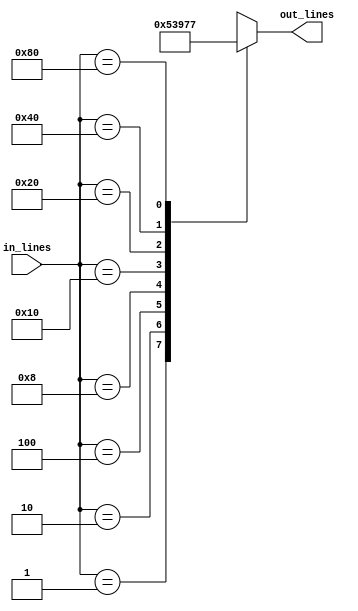
module encoder_8_to_3_behavioral(in_lines, out_lines);
    input[7:0] in_lines; // 8-bit vector for input lines
    output[2:0] out_lines; // 3-bit vector for output lines
    
    // It is important to declare reg of the same size as the output vector.
    reg[2:0] out_lines;
    
    //* Behavioral Modelling
    always @(in_lines) begin

      //? Using case statement
      case (in_lines) 
        8'b00000001 : out_lines = 3'b000;
        8'b00000010 : out_lines = 3'b001;
        8'b00000100 : out_lines = 3'b010;
        8'b00001000 : out_lines = 3'b011;
        8'b00010000 : out_lines = 3'b100;
        8'b00100000 : out_lines = 3'b101;
        8'b01000000 : out_lines = 3'b110;
        8'b10000000 : out_lines = 3'b111;
        default : out_lines = 3'bxxx; // Since behavior for cases other than the ones mentioned above is NOT defined in encoder.
      endcase

      //? Using if-else
      // if(in_lines == 8'b00000001) 
      //   out_lines = 3'b000;
      // else if(in_lines == 8'b00000010) 
      //   out_lines = 3'b001;
      // else if(in_lines == 8'b00000100) 
      //   out_lines = 3'b010;
      // else if(in_lines == 8'b00001000) 
      //   out_lines = 3'b011;
      // else if(in_lines == 8'b00010000) 
      //   out_lines = 3'b100;
      // else if(in_lines == 8'b00100000) 
      //   out_lines = 3'b101;
      // else if(in_lines == 8'b01000000) 
      //   out_lines = 3'b110;
      // else if(in_lines == 8'b10000000) 
      //   out_lines = 3'b111;
      // else 
      //   out_lines = 3'bxxx;
      
      $display("%b: %b", in_lines, out_lines);  
    end
endmodule



module encoder_8_to_3_behavioral_test;
    reg[7:0] in_lines;
    
    wire[2:0] out_lines;
    
    encoder_8_to_3_behavioral wire_driver(in_lines, out_lines);
    
    initial begin
            in_lines = 8'b00000001;
      #20   in_lines = 8'b00000010;
      #20   in_lines = 8'b00000100;
      #20   in_lines = 8'b00001000;
      #20   in_lines = 8'b00010000;
      #20   in_lines = 8'b00100000;
      #20   in_lines = 8'b01000000;
      #20   in_lines = 8'b10000000;
      #20 $finish;
    end
      
endmodule